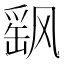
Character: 飖